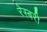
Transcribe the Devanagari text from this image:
रेस्बरी